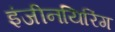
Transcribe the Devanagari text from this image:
इंजीनयिरिंग